65_HS1-834228961_62-HQ-83894_Section_10
Agency: FBI
Page 16
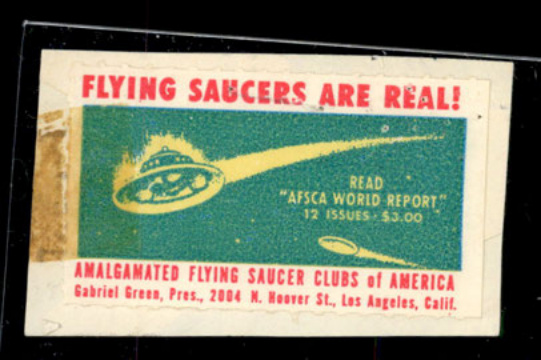